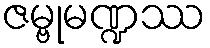
ဇမ္ဗုမဏ္ဍဿ